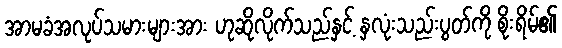
အာမခံအလုပ်သမားများအား ဟုဆိုလိုက်သည်နှင့် နှလုံးသည်းပွတ်ကို စိုးရိမ်၏